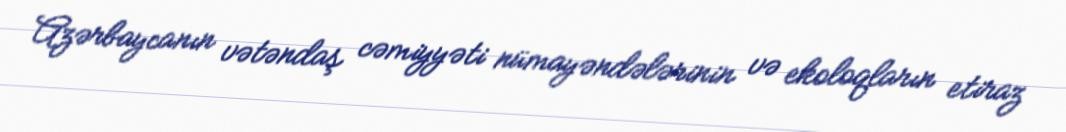
Azərbaycanın vətəndaş cəmiyyəti nümayəndələrinin və ekoloqların etiraz